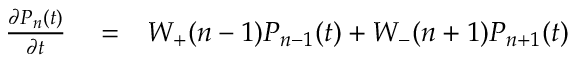
\begin{array} { r l r } { \frac { { \partial { P _ { n } } ( t ) } } { { \partial t } } } & { { } = } & { { W _ { + } } ( { n - 1 } ) { P _ { n - 1 } } ( t ) + { W _ { - } } ( { n + 1 } ) { P _ { n + 1 } } ( t ) } \end{array}